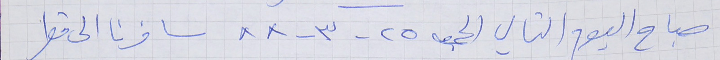
صباح اليوم التالي الجمعة ٢٥ - ٣- ٨٨ سافرنا الى قطر